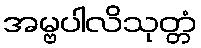
အမ္ဗပါလိသုတ္တံ